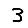
Digit: 3